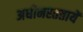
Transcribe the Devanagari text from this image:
अधीनस्ततायें